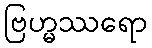
ဗြဟ္မဿရော